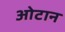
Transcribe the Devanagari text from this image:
ओटान